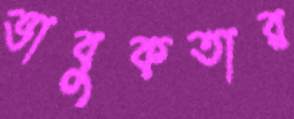
ভাবুকতার